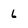
Character: 6